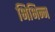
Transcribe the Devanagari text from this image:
भिभिन्न